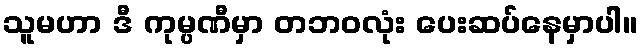
သူမဟာ ဒီ ကုမ္ပဏီမှာ တဘဝလုံး ပေးဆပ်နေမှာပါ။